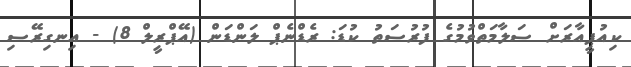
ކިއުޕީއާރަށް ސަލާމަތްވުމުގެ ފުރުސަތު ކުޑަ: ރެޑްނެޕް ލަންޑަން (އޭޕްރީލް 8) - އިނގިރޭސި